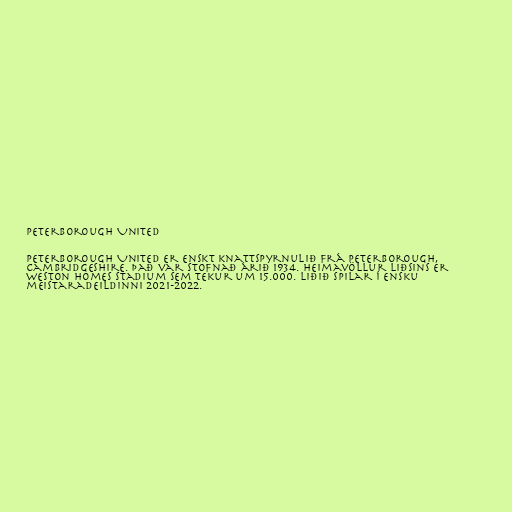
Peterborough United

Peterborough United er enskt knattspyrnulið frá Peterborough,
Cambridgeshire. Það var stofnað árið 1934. Heimavöllur liðsins er
Weston Homes Stadium sem tekur um 15.000. Liðið spilar í ensku
meistaradeildinni 2021-2022.